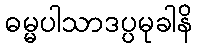
ဓမ္မပါသာဒပ္ပမုခါနိ